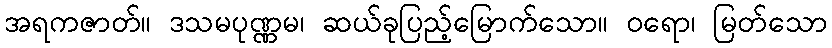
အရကဇာတ်။ ဒသမပုဏ္ဏမ၊ ဆယ်ခုပြည့်မြောက်သော။ ဝရော၊ မြတ်သော